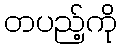
တပည့်ကို